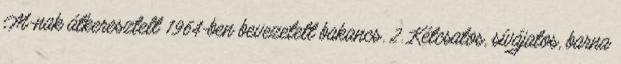
M-nak átkeresztelt 1964-ben bevezetett bakancs. 2. Kétcsatos, sívájatos, barna